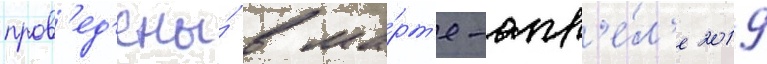
пров'ед'ены́ в ма́рт'е-апр'е́л'е 2019